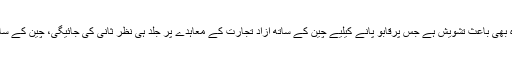
رپورٹ کے مطابق چین کے ساتھ پاکستان کا تجارتی خسارہ بھی باعث تشویش ہے جس پرقابو پانے کیلیے چین کے ساتھ آزاد تجارت کے معاہدے پر جلد ہی نظر ثانی کی جائیگی، چین کے ساتھ تجارت میں پاکستان کو 5ارب ڈالر خسارے کا سامنا ہے۔